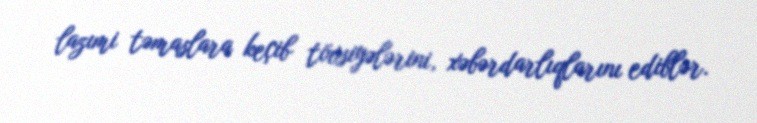
lazımi təmaslara keçib tövsiyələrini, xəbərdarlıqlarını ediblər.